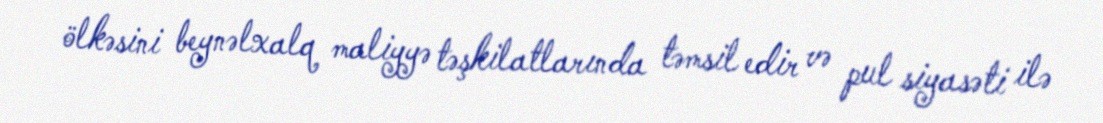
ölkəsini beynəlxalq maliyyə təşkilatlarında təmsil edir və pul siyasəti ilə